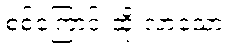
စစ်ကြောင်းထိုးလာသော